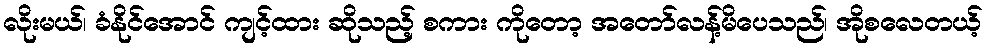
လိုးမယ်၊ ခံနိုင်အောင် ကျင့်ထား ဆိုသည့် စကား ကိုတော့ အတော်လန့်မိပေသည်၊ အိုစလေတယ့်